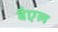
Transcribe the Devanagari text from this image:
बैएल